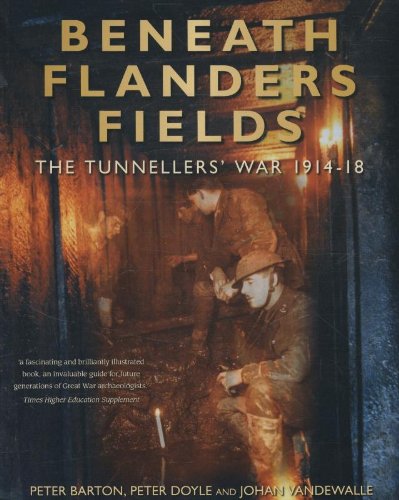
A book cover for Beneath Flanders Fields: The Tunnellers' War 1914-18; Peter Barton; History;